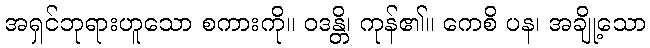
အရှင်ဘုရားဟူသော စကားကို။ ဝဒန္တိ၊ ကုန်၏။ ကေစိ ပန၊ အချို့သော